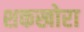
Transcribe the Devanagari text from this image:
शकखोरा